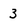
Character: 3